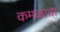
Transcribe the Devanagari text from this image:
कमळाचा